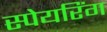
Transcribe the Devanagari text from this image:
स्पेयरिंग